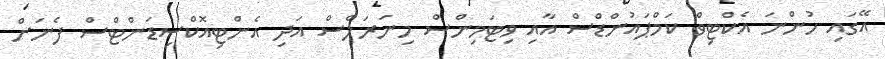
އޭގައި ހުންނަ އެކްޓިވް ކަމްޕައުންޑްސް އާއި ވިޓަމިންސް މިނަރަލްސް އަދި އެންޓިއޮކްސިޑަންޓްސް ފެނަށް